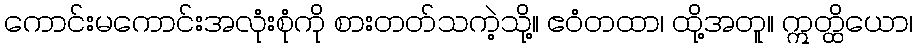
ကောင်းမကောင်းအလုံးစုံကို စားတတ်သကဲ့သို့။ ဧဝံတထာ၊ ထို့အတူ။ ဣတ္ထိယော၊